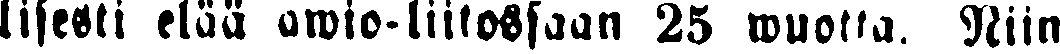
lisesti elää awio-liitossaan 25 wuotta. Niin